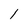
Character: 1